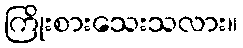
ကြိုးစားသေးသလား။